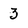
Character: 3